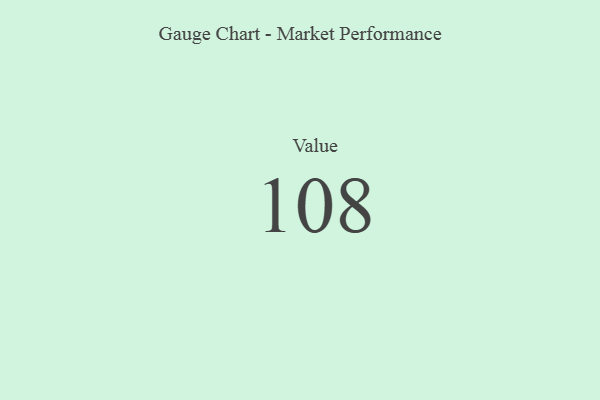
{"axis": {"x": "Metric", "y": "Value"}, "legend": [""], "data": [{"x": "Value", "y": 108, "type": ""}]}